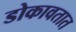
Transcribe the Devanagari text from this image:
डोकावतात